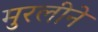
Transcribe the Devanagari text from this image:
मुरलीने